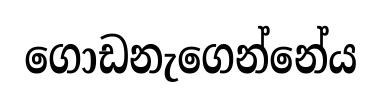
ගොඩනැගෙන්නේය